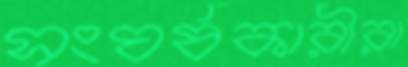
সংঘর্ষকারীরা